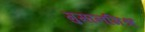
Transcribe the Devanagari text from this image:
गुमानमिश्र